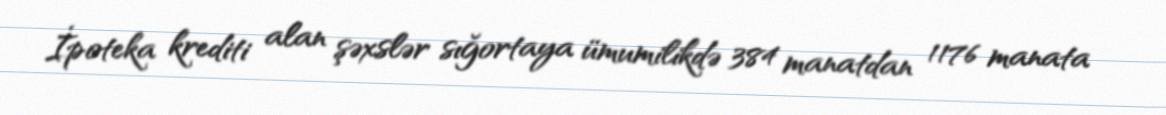
İpoteka krediti alan şəxslər sığortaya ümumilikdə 384 manatdan 1176 manata